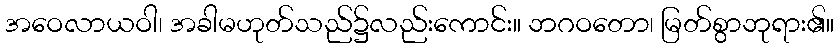
အဝေလာယဝါ၊ အခါမဟုတ်သည်၌လည်းကောင်း။ ဘဂဝတော၊ မြတ်စွာဘုရား၏။